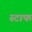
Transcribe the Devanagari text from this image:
स्टाफ